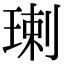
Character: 㻝